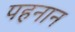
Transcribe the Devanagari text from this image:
पहनान